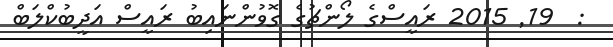
:  19